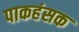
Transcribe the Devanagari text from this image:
पाकहंसक